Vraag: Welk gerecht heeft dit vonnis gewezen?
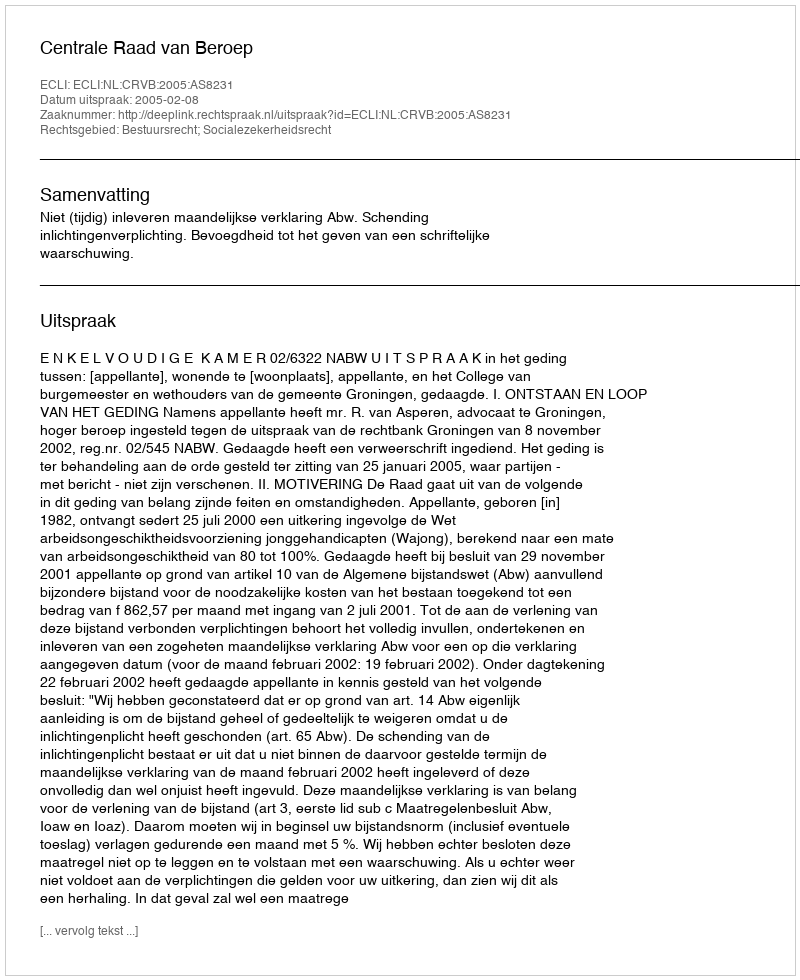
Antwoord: Centrale Raad van Beroep